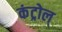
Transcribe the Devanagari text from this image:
कंट्रोल्